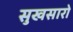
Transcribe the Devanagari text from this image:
सुखसारो